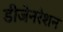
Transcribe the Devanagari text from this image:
डीजेनरेशन